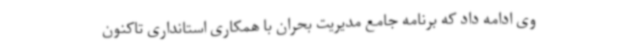
وی ادامه داد که برنامه جامع مدیریت بحران با همکاری استانداری تاکنون